65_HS1-834228961_62-HQ-83894_Section_8
Agency: FBI
Page 135
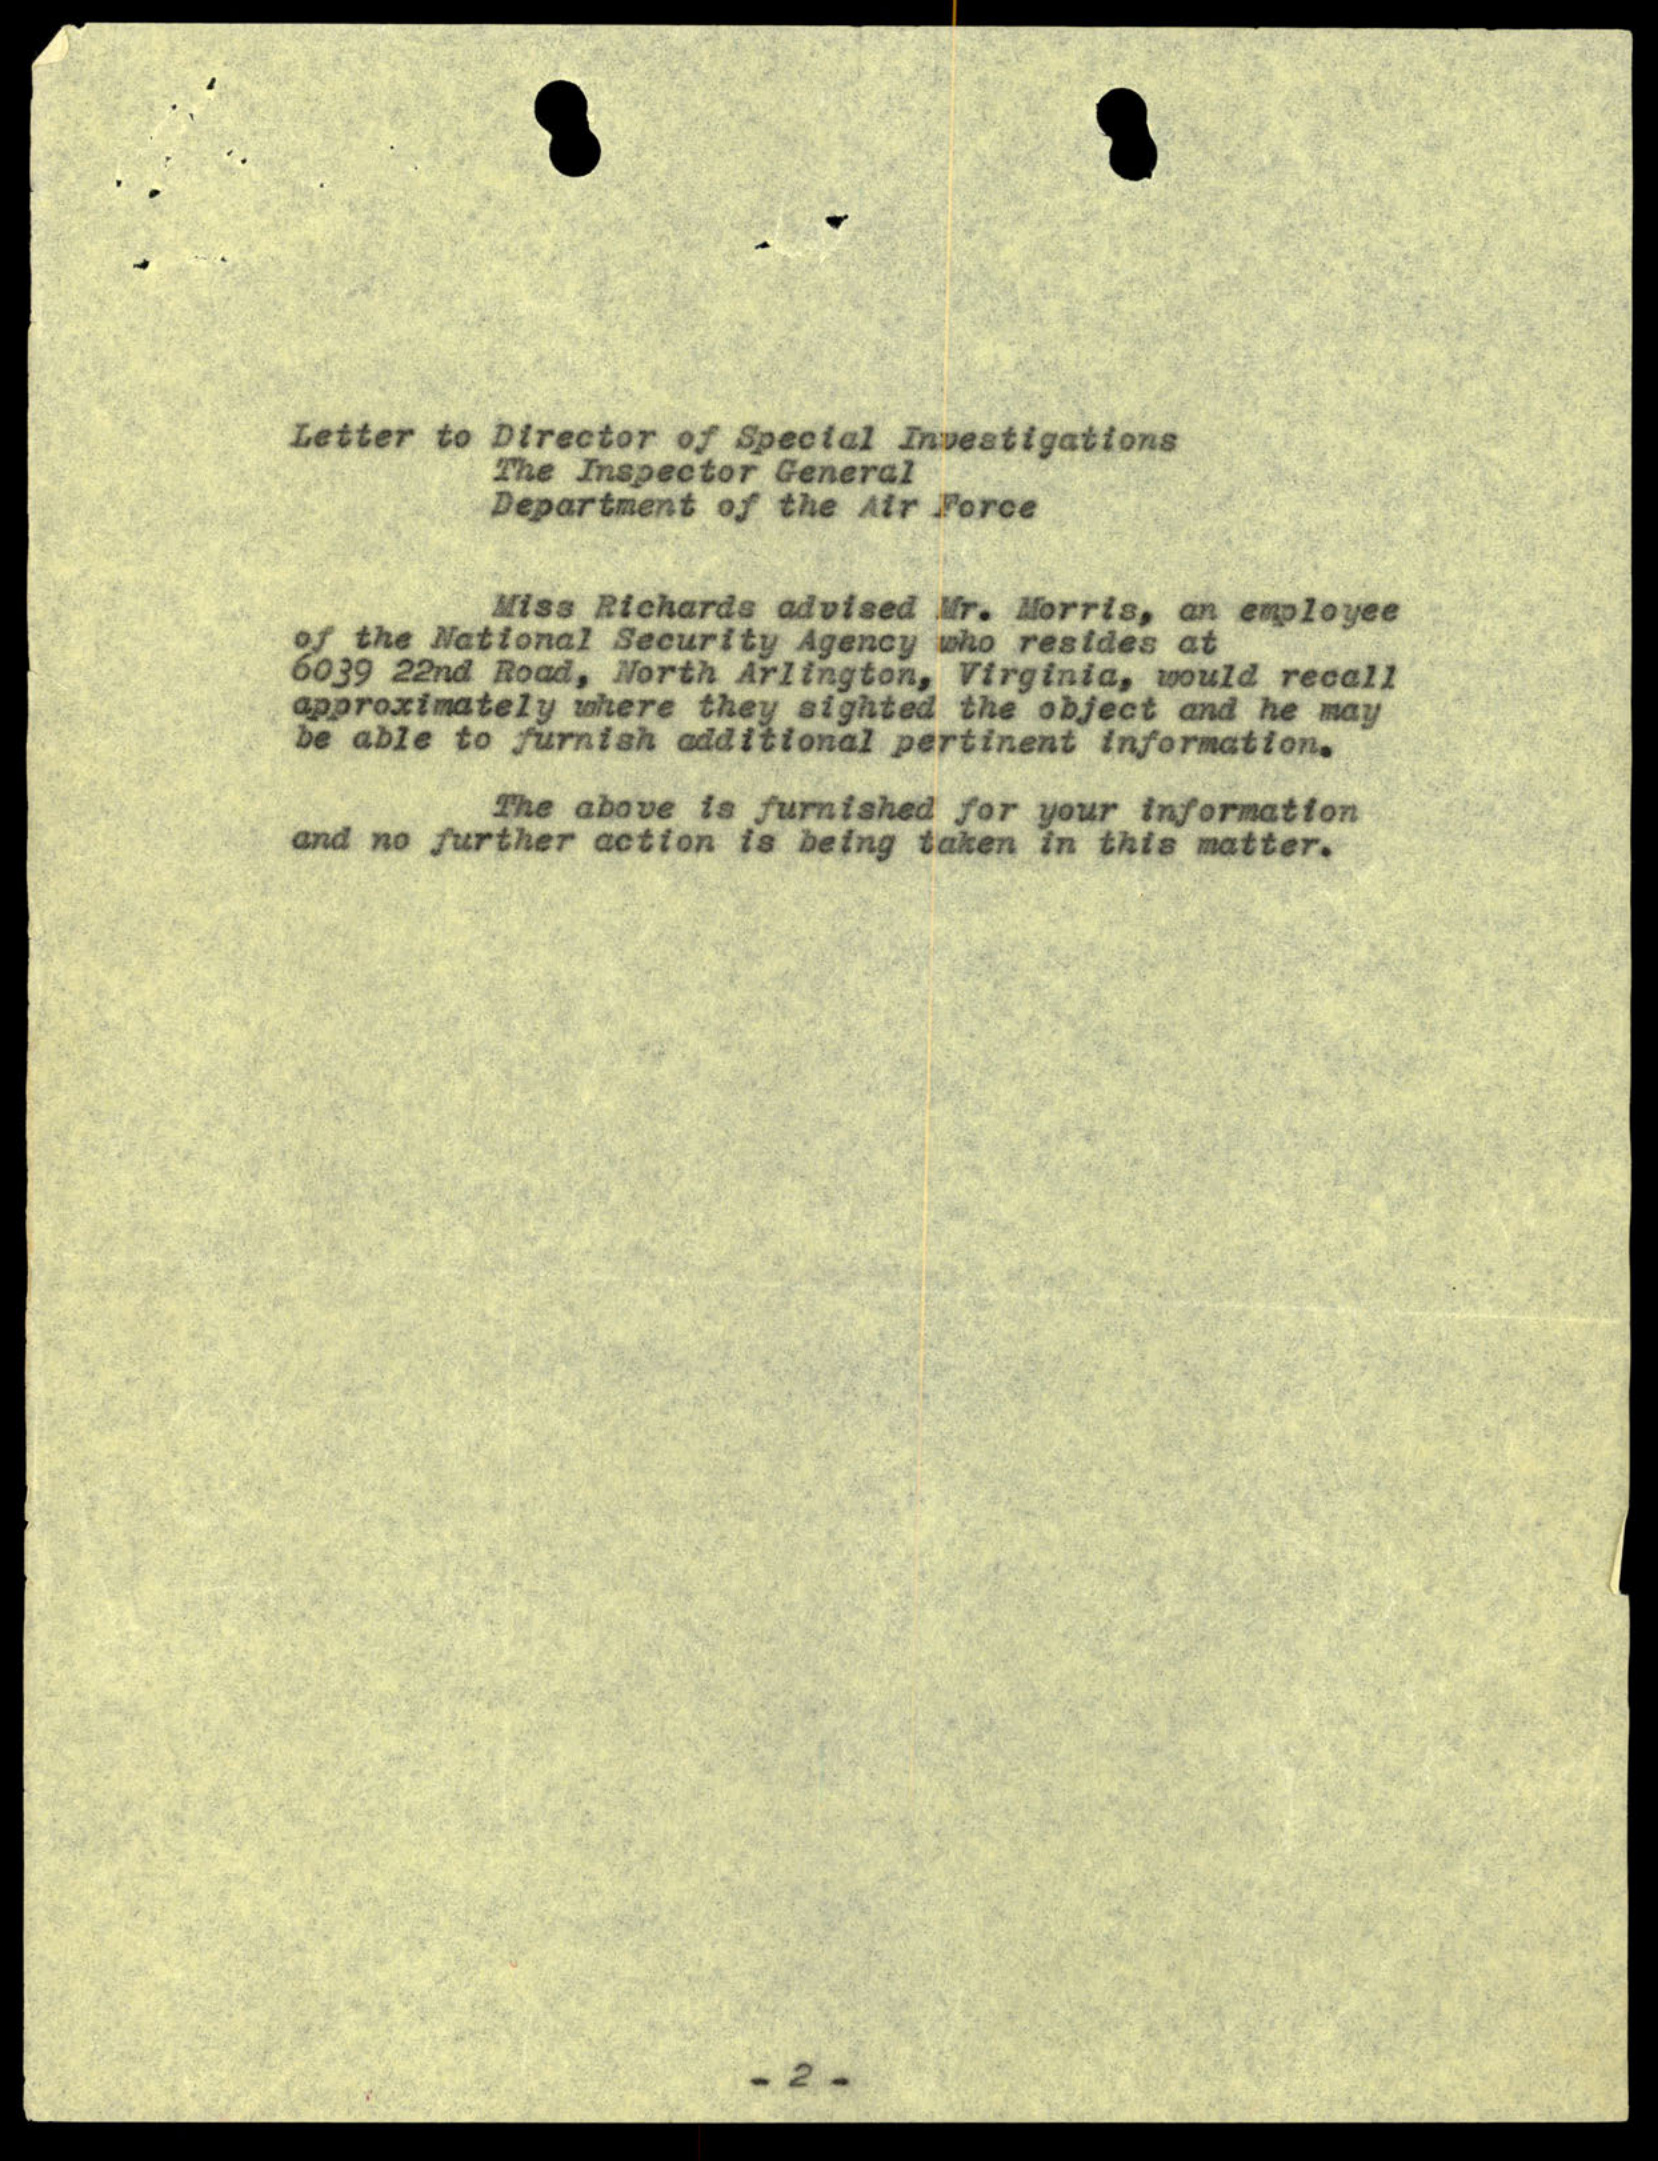